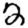
Digit: 2